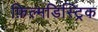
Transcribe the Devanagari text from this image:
फ़िल्मडिस्ट्रिक